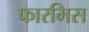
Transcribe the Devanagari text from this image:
फारमिस